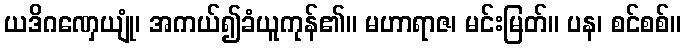
ယဒိဂဏှေယျုံ၊ အကယ်၍ခံယူကုန်၏။ မဟာရာဇ၊ မင်းမြတ်။ ပန၊ စင်စစ်။